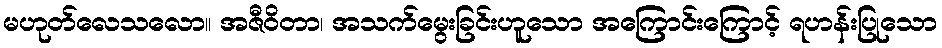
မဟုတ်လေသလော။ အဇီဝိတာ၊ အသက်မွေးခြင်းဟူသော အကြောင်းကြောင့် ရဟန်းပြုသော